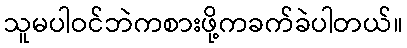
သူမပါဝင်ဘဲကစားဖို့ကခက်ခဲပါတယ်။